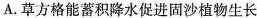
A.草方格能蓄积降水促进固沙植物生长